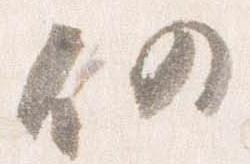
仍